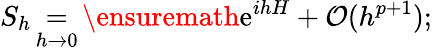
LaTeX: S_{h}\mathop{=}_{h\to 0}\ensuremath{\mathrm{e}}^{ihH}+\mathcal{O}(h^{p+1});